Specificity of antivenomous sera (second communication) - Number 10
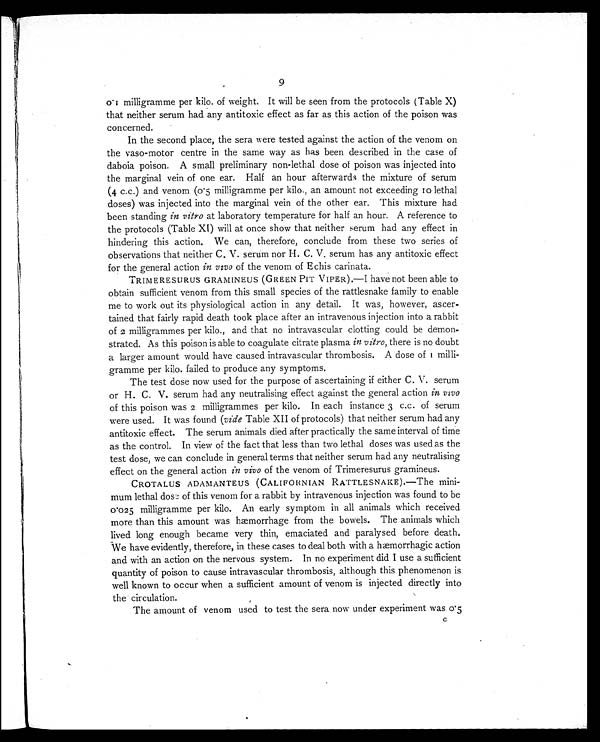
9
0.1 milligramme per kilo. of weight. It will be seen from the protocols (Table X)
that neither serum had any antitoxic effect as far as this action of the poison was
concerned.
In the second place, the sera were tested against the action of the venom on
the vaso-motor centre in the same way as has been described in the case of
daboia poison. A small preliminary non-lethal dose of poison was injected into
the marginal vein of one ear. Half an hour afterwards the mixture of serum
(4 c.c.) and venom (0.5 milligramme per kilo., an amount not exceeding 10 lethal
doses) was injected into the marginal vein of the other ear. This mixture had
been standing in vitro at laboratory temperature for half an hour. A reference to
the protocols (Table XI) will at once show that neither serum had any effect in
hindering this action. We can, therefore, conclude from these two series of
observations that neither C. V. serum nor H. C. V. serum has any antitoxic effect
for the general action in vivo of the venom of Echis carinata.
TRIMERESURUS GRAMINEUS (GREEN PIT VIPER).—I have not been able to
obtain sufficient venom from this small species of the rattlesnake family to enable
me to work out its physiological action in any detail. It was, however, ascer-
tained that fairly rapid death took place after an intravenous injection into a rabbit
of 2 milligrammes per kilo., and that no intravascular clotting could be demon-
strated. As this poison is able to coagulate citrate plasma in vitro, there is no doubt
a larger amount would have caused intravascular thrombosis. A dose of 1 milli-
gramme per kilo. failed to produce any symptoms.
The test dose now used for the purpose of ascertaining if either C. V. serum
or H. C. V. serum had any neutralising effect against the general action in vivo
of this poison was 2 milligrammes per kilo. In each instance 3 c.c. of serum
were used. It was found ( vide Table XII of protocols) that neither serum had any
antitoxic effect. The serum animals died after practically the same interval of time
as the control. In view of the fact that less than two lethal doses was used as the
test dose, we can conclude in general terms that neither serum had any neutralising
effect on the general action in vivo of the venom of Trimeresurus gramineus.
CROTALUS ADAMANTEUS (CALIFORNIAN RATTLESNAKE).—The mini-
mum lethal dose of this venom for a rabbit by intravenous injection was found to be
0.025 milligramme per kilo. An early symptom in all animals which received
more than this amount was hæmorrhage from the bowels. The animals which
lived long enough became very thin, emaciated and paralysed before death.
We have evidently, therefore, in these cases to deal both with a hæmorrhagic action
and with an action on the nervous system. In no experiment did I use a sufficient
quantity of poison to cause intravascular thrombosis, although this phenomenon is
well known to occur when a sufficient amount of venom is injected directly into
the circulation.
The amount of venom used to test the sera now under experiment was 0.5
C